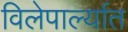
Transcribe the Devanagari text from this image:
विलेपार्ल्यात